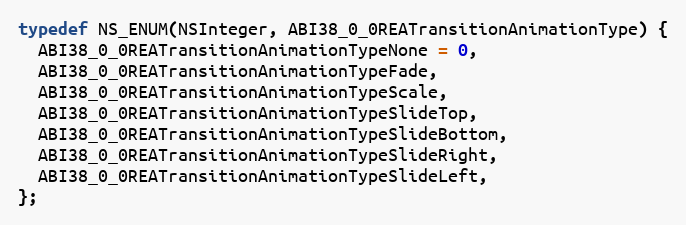
Language: C
typedef NS_ENUM(NSInteger, ABI38_0_0REATransitionAnimationType) {
  ABI38_0_0REATransitionAnimationTypeNone = 0,
  ABI38_0_0REATransitionAnimationTypeFade,
  ABI38_0_0REATransitionAnimationTypeScale,
  ABI38_0_0REATransitionAnimationTypeSlideTop,
  ABI38_0_0REATransitionAnimationTypeSlideBottom,
  ABI38_0_0REATransitionAnimationTypeSlideRight,
  ABI38_0_0REATransitionAnimationTypeSlideLeft,
};